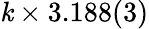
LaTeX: \mathit{k}\times3.188(3)